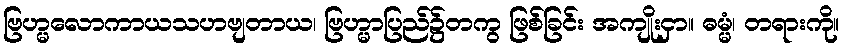
ဗြဟ္မလောကာယသဟဗျတာယ၊ ဗြဟ္မာပြည်၌တကွ ဖြစ်ခြင်း အကျိုးငှာ။ ဓမ္မံ၊ တရားကို။